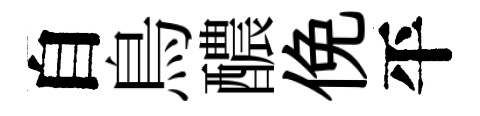
自鳥醲俛平